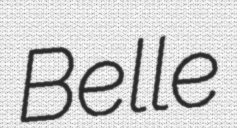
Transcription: Belle